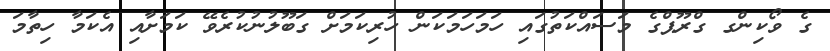
ގެ ވޯކިންގ ގްރޫޕްގެ މަސައްކަތުގައި ހަމަހަމަކަން ހުރިކަމަަށް ގަބޫލުނުކުރެވޭ ކަމަށާއި އެކަމާ ހިތާމަ